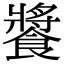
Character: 𩝫